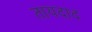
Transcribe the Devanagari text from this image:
तायदाद